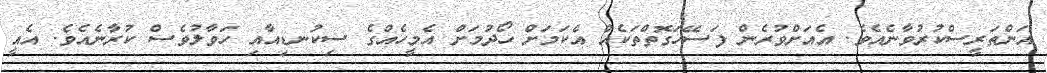
އަންތަރީސްކުރުވާނެއެވެ. އެއަށްވުރެން ފަސޭހަގޮތްތަކެއް އެކަމަށް ހޯދުމަށް އެމީހެއްގެ ސިކުނޑިއާއި ހަވާލުވެސް ކުރާނެއެވެ. އެއީ